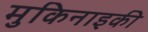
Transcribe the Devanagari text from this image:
मुकिनाइकी